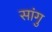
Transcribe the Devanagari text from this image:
सांगु